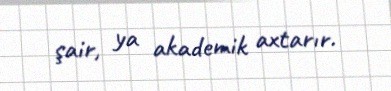
şair, ya akademik axtarır.